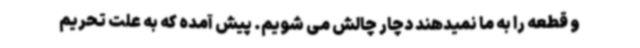
و قطعه را به ما نمیدهند دچار چالش می شویم. پیش آمده که به علت تحریم